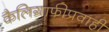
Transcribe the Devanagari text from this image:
कैलिग्राफीप्रवाही